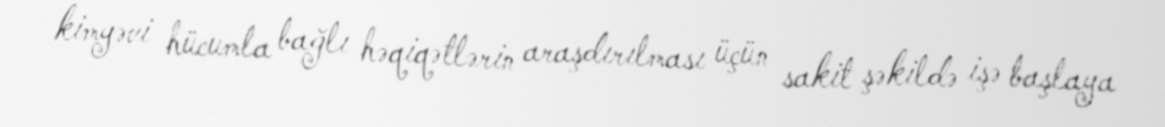
kimyəvi hücumla bağlı həqiqətlərin araşdırılması üçün sakit şəkildə işə başlaya